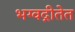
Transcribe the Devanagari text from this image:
भग्वद्गीतेत